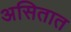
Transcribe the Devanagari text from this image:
असितात